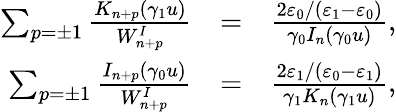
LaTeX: \begin{array}{rlr}{\sum_{p=\pm 1}\frac{K_{n+p}(\gamma_{1}u)}{W_{n+p}^{I}}}&{=}&{\frac{2\varepsilon_{0}/(\varepsilon_{1}-\varepsilon_{0})}{\gamma_{0}I_{n}(\gamma_{0}u)},}\\ {\sum_{p=\pm 1}\frac{I_{n+p}(\gamma_{0}u)}{W_{n+p}^{I}}}&{=}&{\frac{2\varepsilon_{1}/\left(\varepsilon_{0}-\varepsilon_{1}\right)}{\gamma_{1}K_{n}(\gamma_{1}u)},}\end{array}